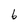
Character: b